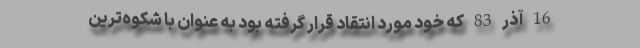
16 آذر 83 که خود مورد انتقاد قرار گرفته بود به عنوان با شکوه‌ترین